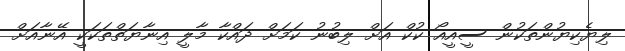
ލިޔެކިޔުންތަކުން ސީއީއޯ ކުކް އަށް ލިބުނު ކަމަށް ދައްކާ މާލީ އިނާޔަތްތަކަކީ އޭނާއަށް